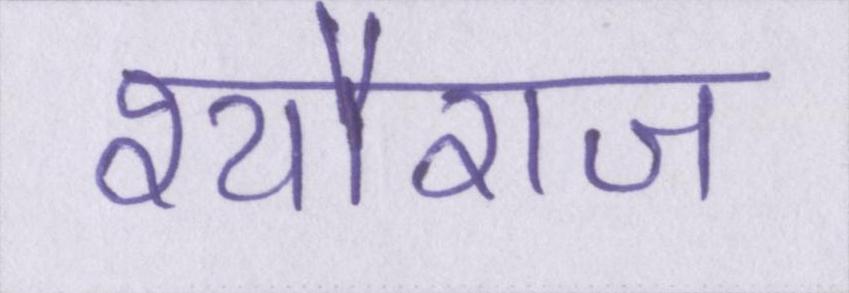
श्यौराज